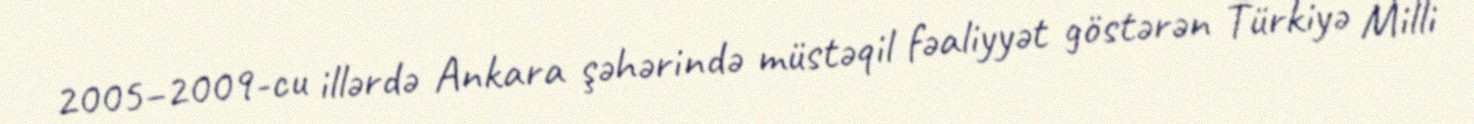
2005–2009-cu illərdə Ankara şəhərində müstəqil fəaliyyət göstərən Türkiyə Milli